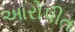
આરોપીત